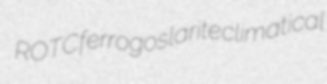
ROTC ferrogoslarite climatical